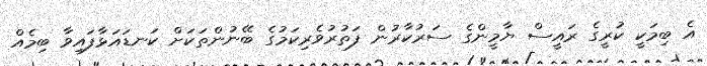
އެ ބިމަކީ ކުރީގެ ރައީސް ޔާމީންގެ ސަރުކާރުން ފަތުރުވެރިކަމުގެ ބޭނުންތަކަށް ކަނޑައަޅާފައިވާ ބިމެއް